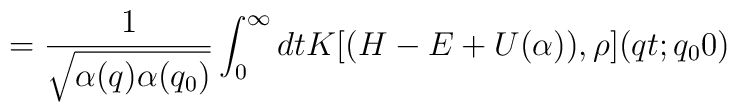
=  \frac{1}{\sqrt{\alpha(q)\alpha(q_0)}} \int_0^{\infty} dt K[(H-E+U(\alpha)),\rho ](qt;q_00)